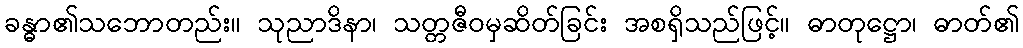
ခန္ဓာ၏သဘောတည်း။ သုညာဒိနာ၊ သတ္တဇီဝမှဆိတ်ခြင်း အစရှိသည်ဖြင့်။ ဓာတုဋ္ဌော၊ ဓာတ်၏